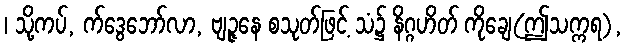
၊ သို့ကပ်, က်ဒွေဘော်လာ, ဗျဉ္ဇနေ စသုတ်ဖြင့် သံ၌ နိဂ္ဂဟိတ် ကိုချေ(ဤသက္ကရ),